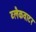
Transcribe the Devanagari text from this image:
ब्लैकवाटर